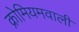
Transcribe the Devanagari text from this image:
क्रोमियमवाली